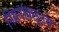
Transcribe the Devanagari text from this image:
निसर्गाकडूनच